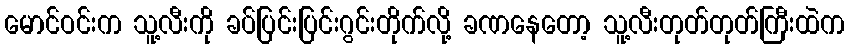
မောင်ဝင်းက သူ့လီးကို ခပ်ပြင်းပြင်းဂွင်းတိုက်လို့ ခဏနေတော့ သူ့လီးတုတ်တုတ်ကြီးထဲက